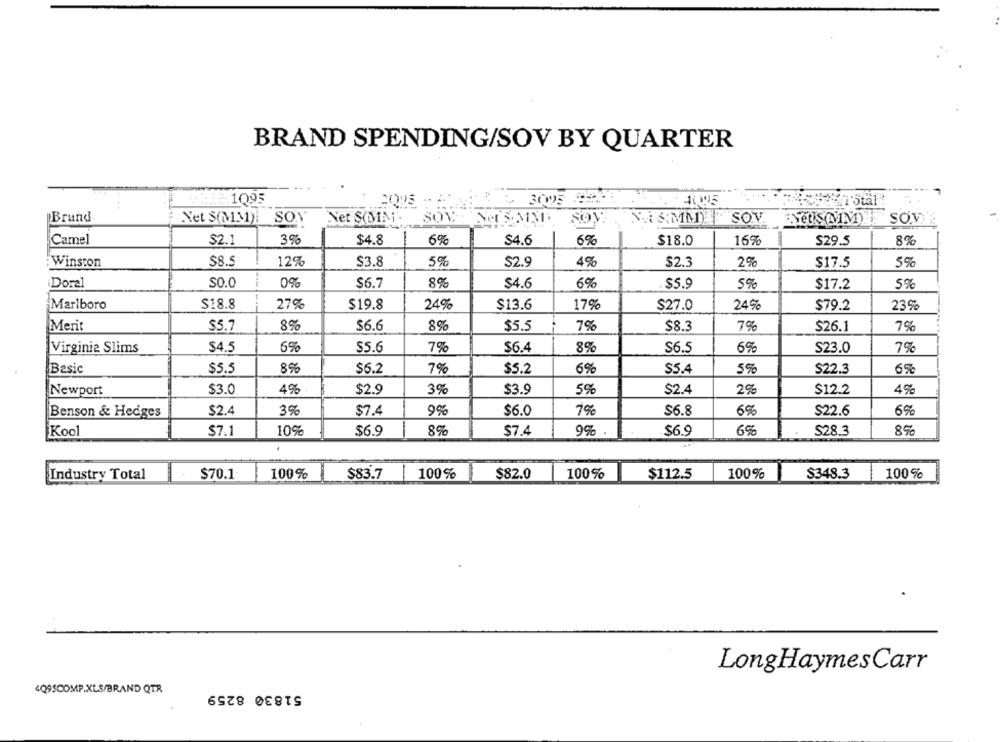
BRAND SPENDING/SOV BY QUARTER
2005
3005 85
Brand
Net S(MM)! SOY Net SMIN. SOV NOSMM.
SON MISMME SOV
SO.W'S
Camel
$2.1
3%
$4.8
6%
$4.6
6%
$18.0
$29.5
8%
Winston
$8.5
12%
$3.8
5%
$2.9
4%
$2.3
29
$17.5
5%
SO.0
0%
8%
6%
5%
Dorel
$6.7
$4.6
$5.9
$17.2
5%
S18.8
27%
24%
$13.6
17%
Marlboro
$19.8
$27.0
24%
$79.2
23%
8%
8%
$5.5
7%
7%
7%
Merit
$5.7
$6.6
$8.3
$26.1
$4.5
6%
$5.6
7%
$6.4
89
S6.5
6%
S23.0
7%
Virginia Slims
Basic
$5.5
8%
$6.2
7%
$5.2
6%
$5.4
5%
$22.3
6%
Newport
$3.0
4%
$2.9
3%
$3.9
5%
$2.4
2%
$12.2
4%
Benson & Hedges
$2.4
3%
$7.4
9%
$6.0
7%
$6.8
6%
$22.6
6%
10%
$6.9
89
$7.4
9% .
.$6.9
6%
S28.3
Kool
$7.1
8%
100%
$83.7
$82.0
100%
100%
S348.3
100%
Industry Total
$70.1
100%
$112.5
LongHaymesCarr
4QOSCOMP.XLS/BRAND QTR
51830 8259